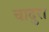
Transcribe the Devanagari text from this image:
चादुरा